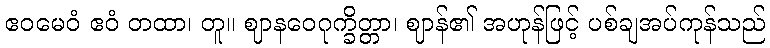
ဧဝမေဝံ ဧဝံ တထာ၊ တူ။ ဈာနဝေဂုက္ခိတ္တာ၊ ဈာန်၏ အဟုန်ဖြင့် ပစ်ချအပ်ကုန်သည်